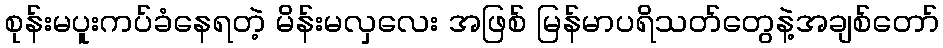
စုန်းမပူးကပ်ခံနေရတဲ့ မိန်းမလှလေး အဖြစ် မြန်မာပရိသတ်တွေနဲ့အချစ်တော်